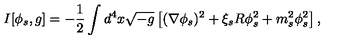
I [ \phi _ { s } , g ] = - \frac 1 2 \int d ^ { 4 } x \sqrt { - g } \left[ ( \nabla \phi _ { s } ) ^ { 2 } + \xi _ { s } R \phi _ { s } ^ { 2 } + m _ { s } ^ { 2 } \phi _ { s } ^ { 2 } \right] ,